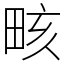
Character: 畡